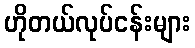
ဟိုတယ်လုပ်ငန်းများ